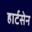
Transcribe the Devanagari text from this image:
हार्टसेन